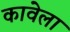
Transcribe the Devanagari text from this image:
कावेला